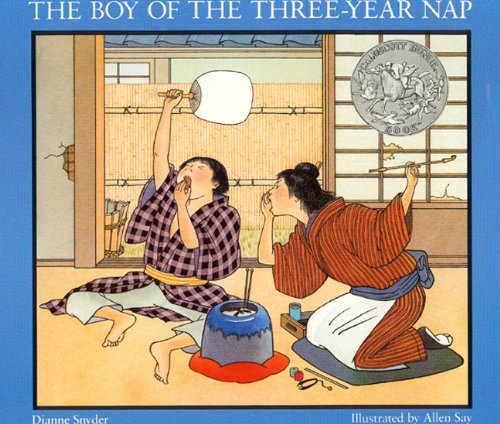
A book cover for The Boy Of The Three-Year Nap (Turtleback School & Library Binding Edition); Dianne Snyder; Children's Books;